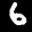
Label: 6